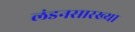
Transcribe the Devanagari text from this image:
लंडनसारख्या